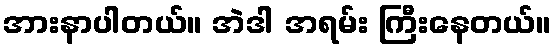
အားနာပါတယ်။ အဲဒါ အရမ်း ကြီးနေတယ်။